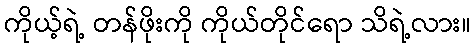
ကိုယ့်ရဲ့ တန်ဖိုးကို ကိုယ်တိုင်ရော သိရဲ့လား။